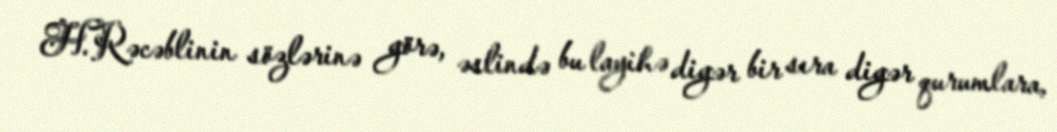
H.Rəcəblinin sözlərinə görə, əslində bu layihə digər bir sıra digər qurumlara,